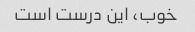
خوب، این درست است